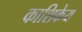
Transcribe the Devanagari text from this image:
काशिकेय